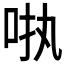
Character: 𪠺